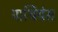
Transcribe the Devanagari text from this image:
पार्थियंस